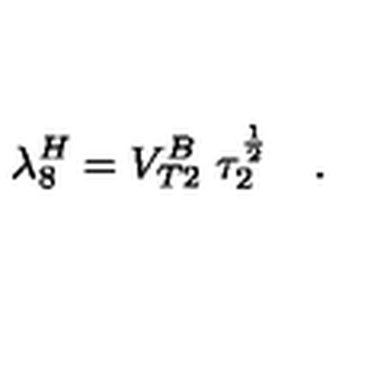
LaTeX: \lambda _ { 8 } ^ { H } = V _ { T 2 } ^ { B } \ \tau _ { 2 } ^ { \frac { 1 } { 2 } } \quad .